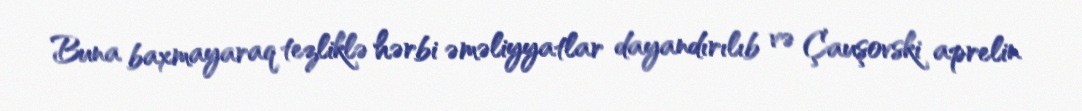
Buna baxmayaraq tezliklə hərbi əməliyyatlar dayandırılıb və Çauşovski aprelin